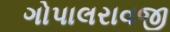
ગોપાલરાવજી